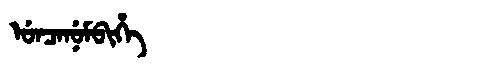
Manchu: ᡠᠨᠴᠠᠨᡠᠮᠪᡳᡥᡝ
Romanization: UNCANUMBIHE